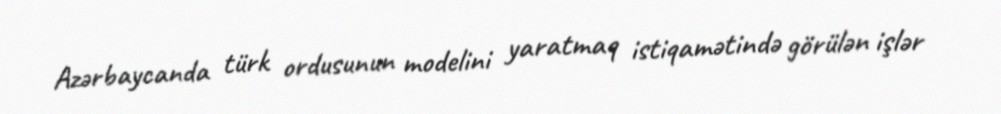
Azərbaycanda türk ordusunun modelini yaratmaq istiqamətində görülən işlər